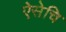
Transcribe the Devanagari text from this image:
ऐसेचि